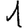
Digit: 1